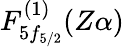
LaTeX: F_{5f_{5/2}}^{(1)}(Z\alpha)